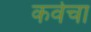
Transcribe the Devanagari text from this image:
कर्वेचा